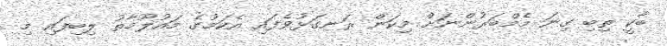
ބާކީ ތިބި ގިނަ މެމްބަރުންނަށް މިކަން ރަނގަޅުވެފައި އެކަމުގެ މައުލޫމާތު ލިބިފައި މި